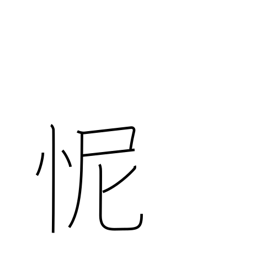
Meaning: shame